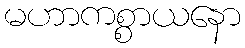
မဟာကစ္စာယနော